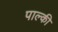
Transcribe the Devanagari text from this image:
पाल्की